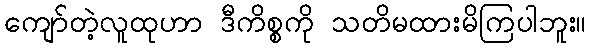
ကျော်တဲ့လူထုဟာ ဒီကိစ္စကို သတိမထားမိကြပါဘူး။